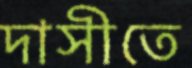
দাসীতে